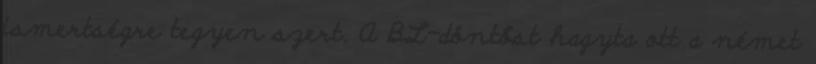
ismertségre tegyen szert. A BL-döntőst hagyta ott a német